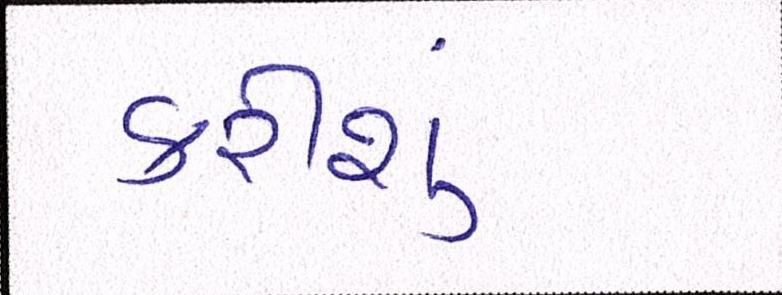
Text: કરીશું